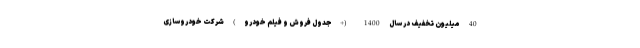
40 میلیون تخفیف در سال 1400 (+جدول فروش و فیلم خودرو) شرکت خودروسازی